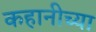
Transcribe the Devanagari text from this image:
कहानीच्या